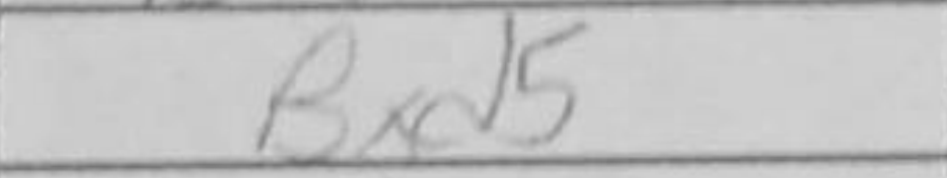
Transcription: Bxd5